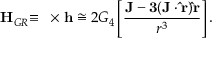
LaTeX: { \bf H } _ { G R } { \bf \equiv \nabla \times h } \cong 2 G _ { 4 } \left[ { \frac { \bf J - 3 ( { \bf J \cdot \hat { r } } ) { \bf \hat { r } } } { r ^ { 3 } } } \right] .